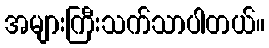
အများကြီးသက်သာပါတယ်။